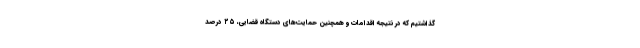
گذاشتیم که در نتیجه اقدامات و همچنین حمایت‌های دستگاه قضایی، ۲۵ درصد